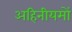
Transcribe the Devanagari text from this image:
अहिनीयमों